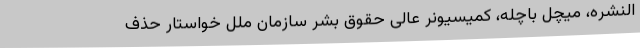
النشره، میچل باچله، کمیسیونر عالی حقوق بشر سازمان ملل خواستار حذف